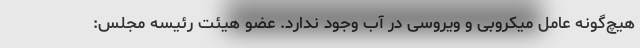
هیچ‌گونه عامل میکروبی و ویروسی در آب وجود ندارد. عضو هیئت رئیسه مجلس: